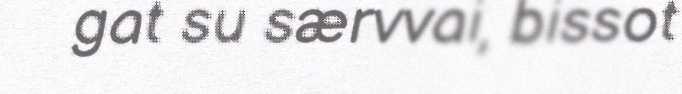
gat su særvvai, bissot